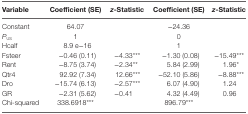
| Variable | Coefficient (SE) | z-Statistic | Coefficient (SE) | z-Statistic |
 | --- | --- | --- | --- | --- |
 | Constant | 64.07 |  | −24.36 |  |
 | PUS | 1 |  | 0 |  |
 | Hcalf | 8.9 e−16 |  | 1 |  |
 | Fsteer | −0.46 (0.11) | −4.33*** | −1.30 (0.08) | −15.49*** |
 | Rent | −8.75 (3.74) | −2.34** | 5.84 (2.99) | 1.96* |
 | Qtr4 | 92.92 (7.34) | 12.66*** | −52.10 (5.86) | −8.88*** |
 | Dro | −15.74 (6.13) | −2.57*** | 6.07 (4.90) | 1.24 |
 | GR | −2.31 (5.62) | −0.41 | 4.32 (4.49) | 0.96 |
 | Chi-squared | 338.6918*** |  | 896.79*** |  |